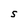
Character: S